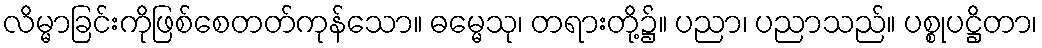
လိမ္မာခြင်းကိုဖြစ်စေတတ်ကုန်သော။ ဓမ္မေသု၊ တရားတို့၌။ ပညာ၊ ပညာသည်။ ပစ္စုပဋ္ဌိတာ၊